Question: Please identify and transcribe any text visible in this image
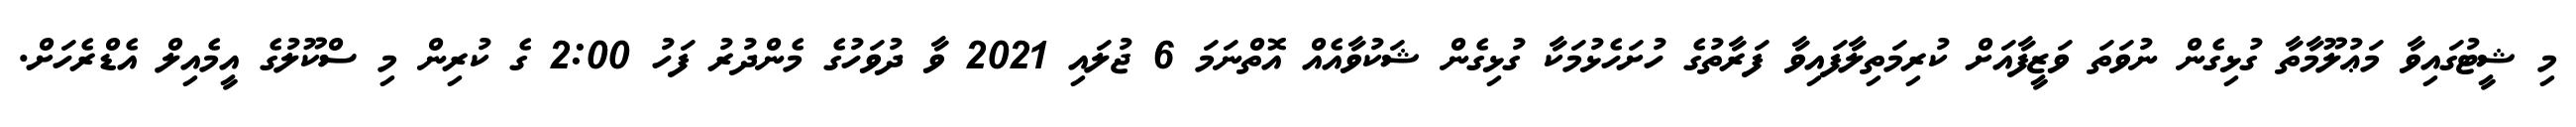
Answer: މި ޝީޓުގައިވާ މަޢުލޫމާތާ ގުޅިގެން ނުވަތަ ވަޒީފާއަށް ކުރިމަތިލާފައިވާ ފަރާތުގެ ހުށަހެޅުމަކާ ގުޅިގެން ޝަކުވާއެއް އޮތްނަމަ 6 ޖުލައި 2021 ވާ ދުވަހުގެ މެންދުރު ފަހު 2:00 ގެ ކުރިން މި ސްކޫލުގެ އީމެއިލް އެޑްރެހަށް.